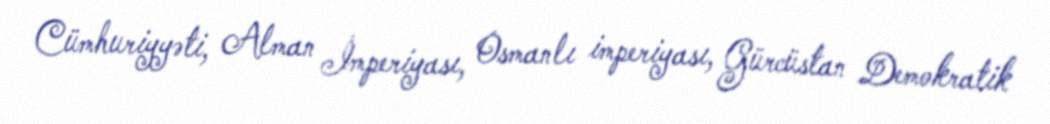
Cümhuriyyəti, Alman İmperiyası, Osmanlı imperiyası, Gürcüstan Demokratik